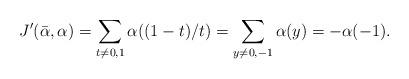
LaTeX: \begin{align*} J'(\bar\alpha,\alpha)=\sum_{t\neq0,1}\alpha((1-t)/t)=\sum_{y\neq0,-1}\alpha(y)=-\alpha(-1).\end{align*}